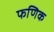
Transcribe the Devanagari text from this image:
फणिक